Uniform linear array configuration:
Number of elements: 16
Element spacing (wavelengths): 0.75
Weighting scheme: cosine
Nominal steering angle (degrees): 0
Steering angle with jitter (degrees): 0.5514
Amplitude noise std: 0.05
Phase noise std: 0.05

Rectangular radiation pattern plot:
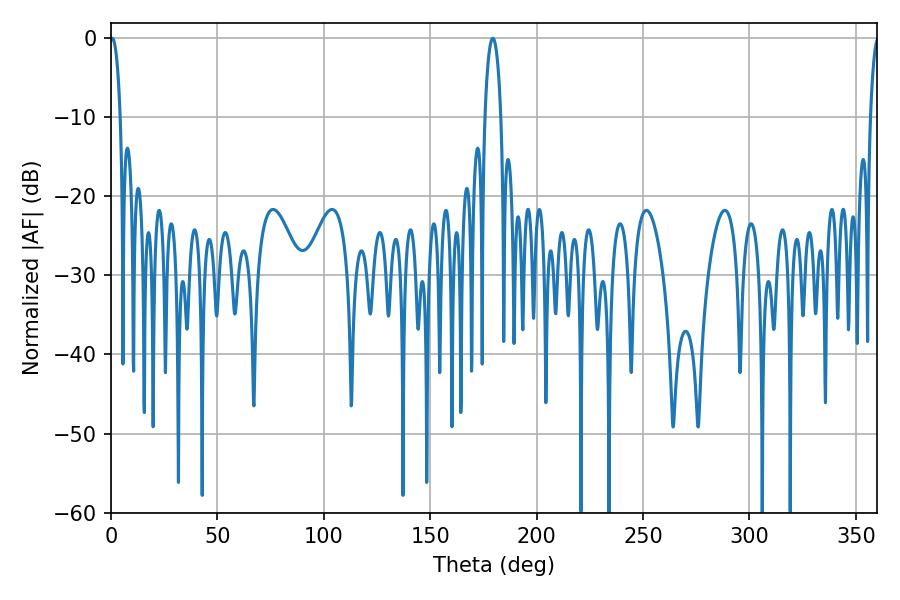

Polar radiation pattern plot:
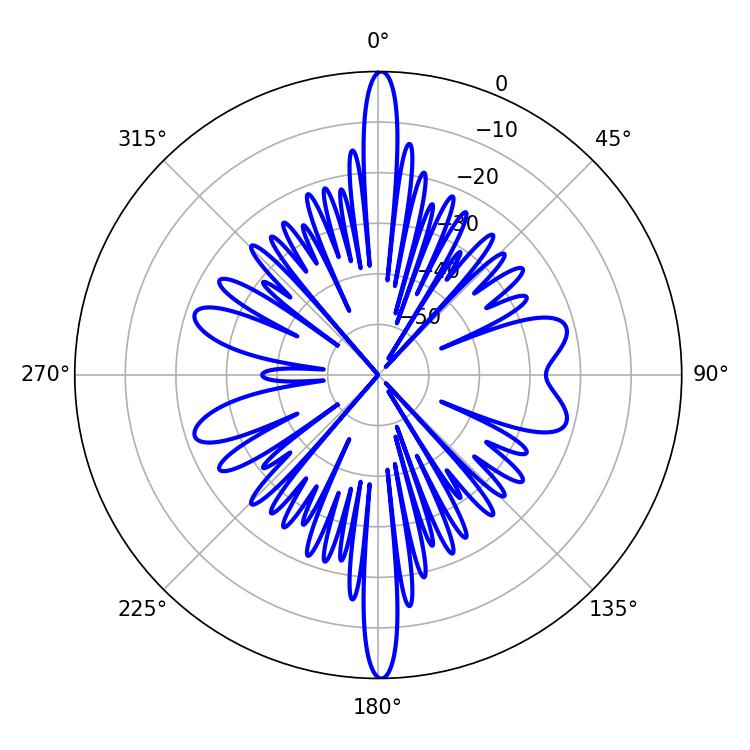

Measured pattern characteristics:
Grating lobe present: TRUE
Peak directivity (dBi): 28.35
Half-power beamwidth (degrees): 2.7
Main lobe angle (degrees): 0.54